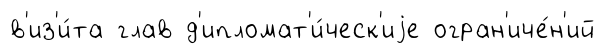
в'из'и́та глав д'ипломат'и́ческ'иjе огран'иче́н'ий